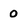
Character: 0